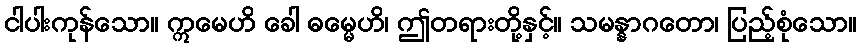
ငါပါးကုန်သော။ ဣမေဟိ ခေါ ဓမ္မေဟိ၊ ဤတရားတို့နှင့်။ သမန္နာဂတော၊ ပြည့်စုံသော။